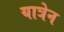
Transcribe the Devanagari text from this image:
यात्रेन